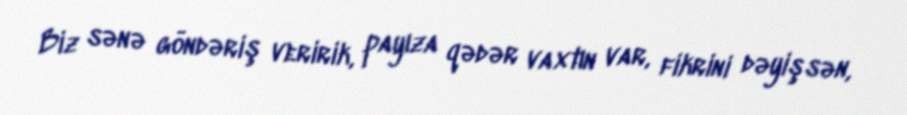
Biz sənə göndəriş veririk, payıza qədər vaxtın var, fikrini dəyişsən,